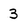
Character: 3